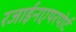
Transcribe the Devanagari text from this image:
रजाईनएयरपोर्ट